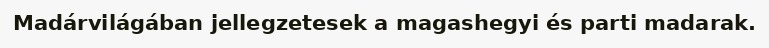
Madárvilágában jellegzetesek a magashegyi és parti madarak.